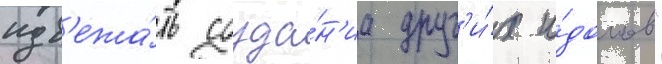
изб'ежа́ть созда́н'иа друг'и́х и́долов"